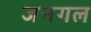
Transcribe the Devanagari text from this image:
जनगल